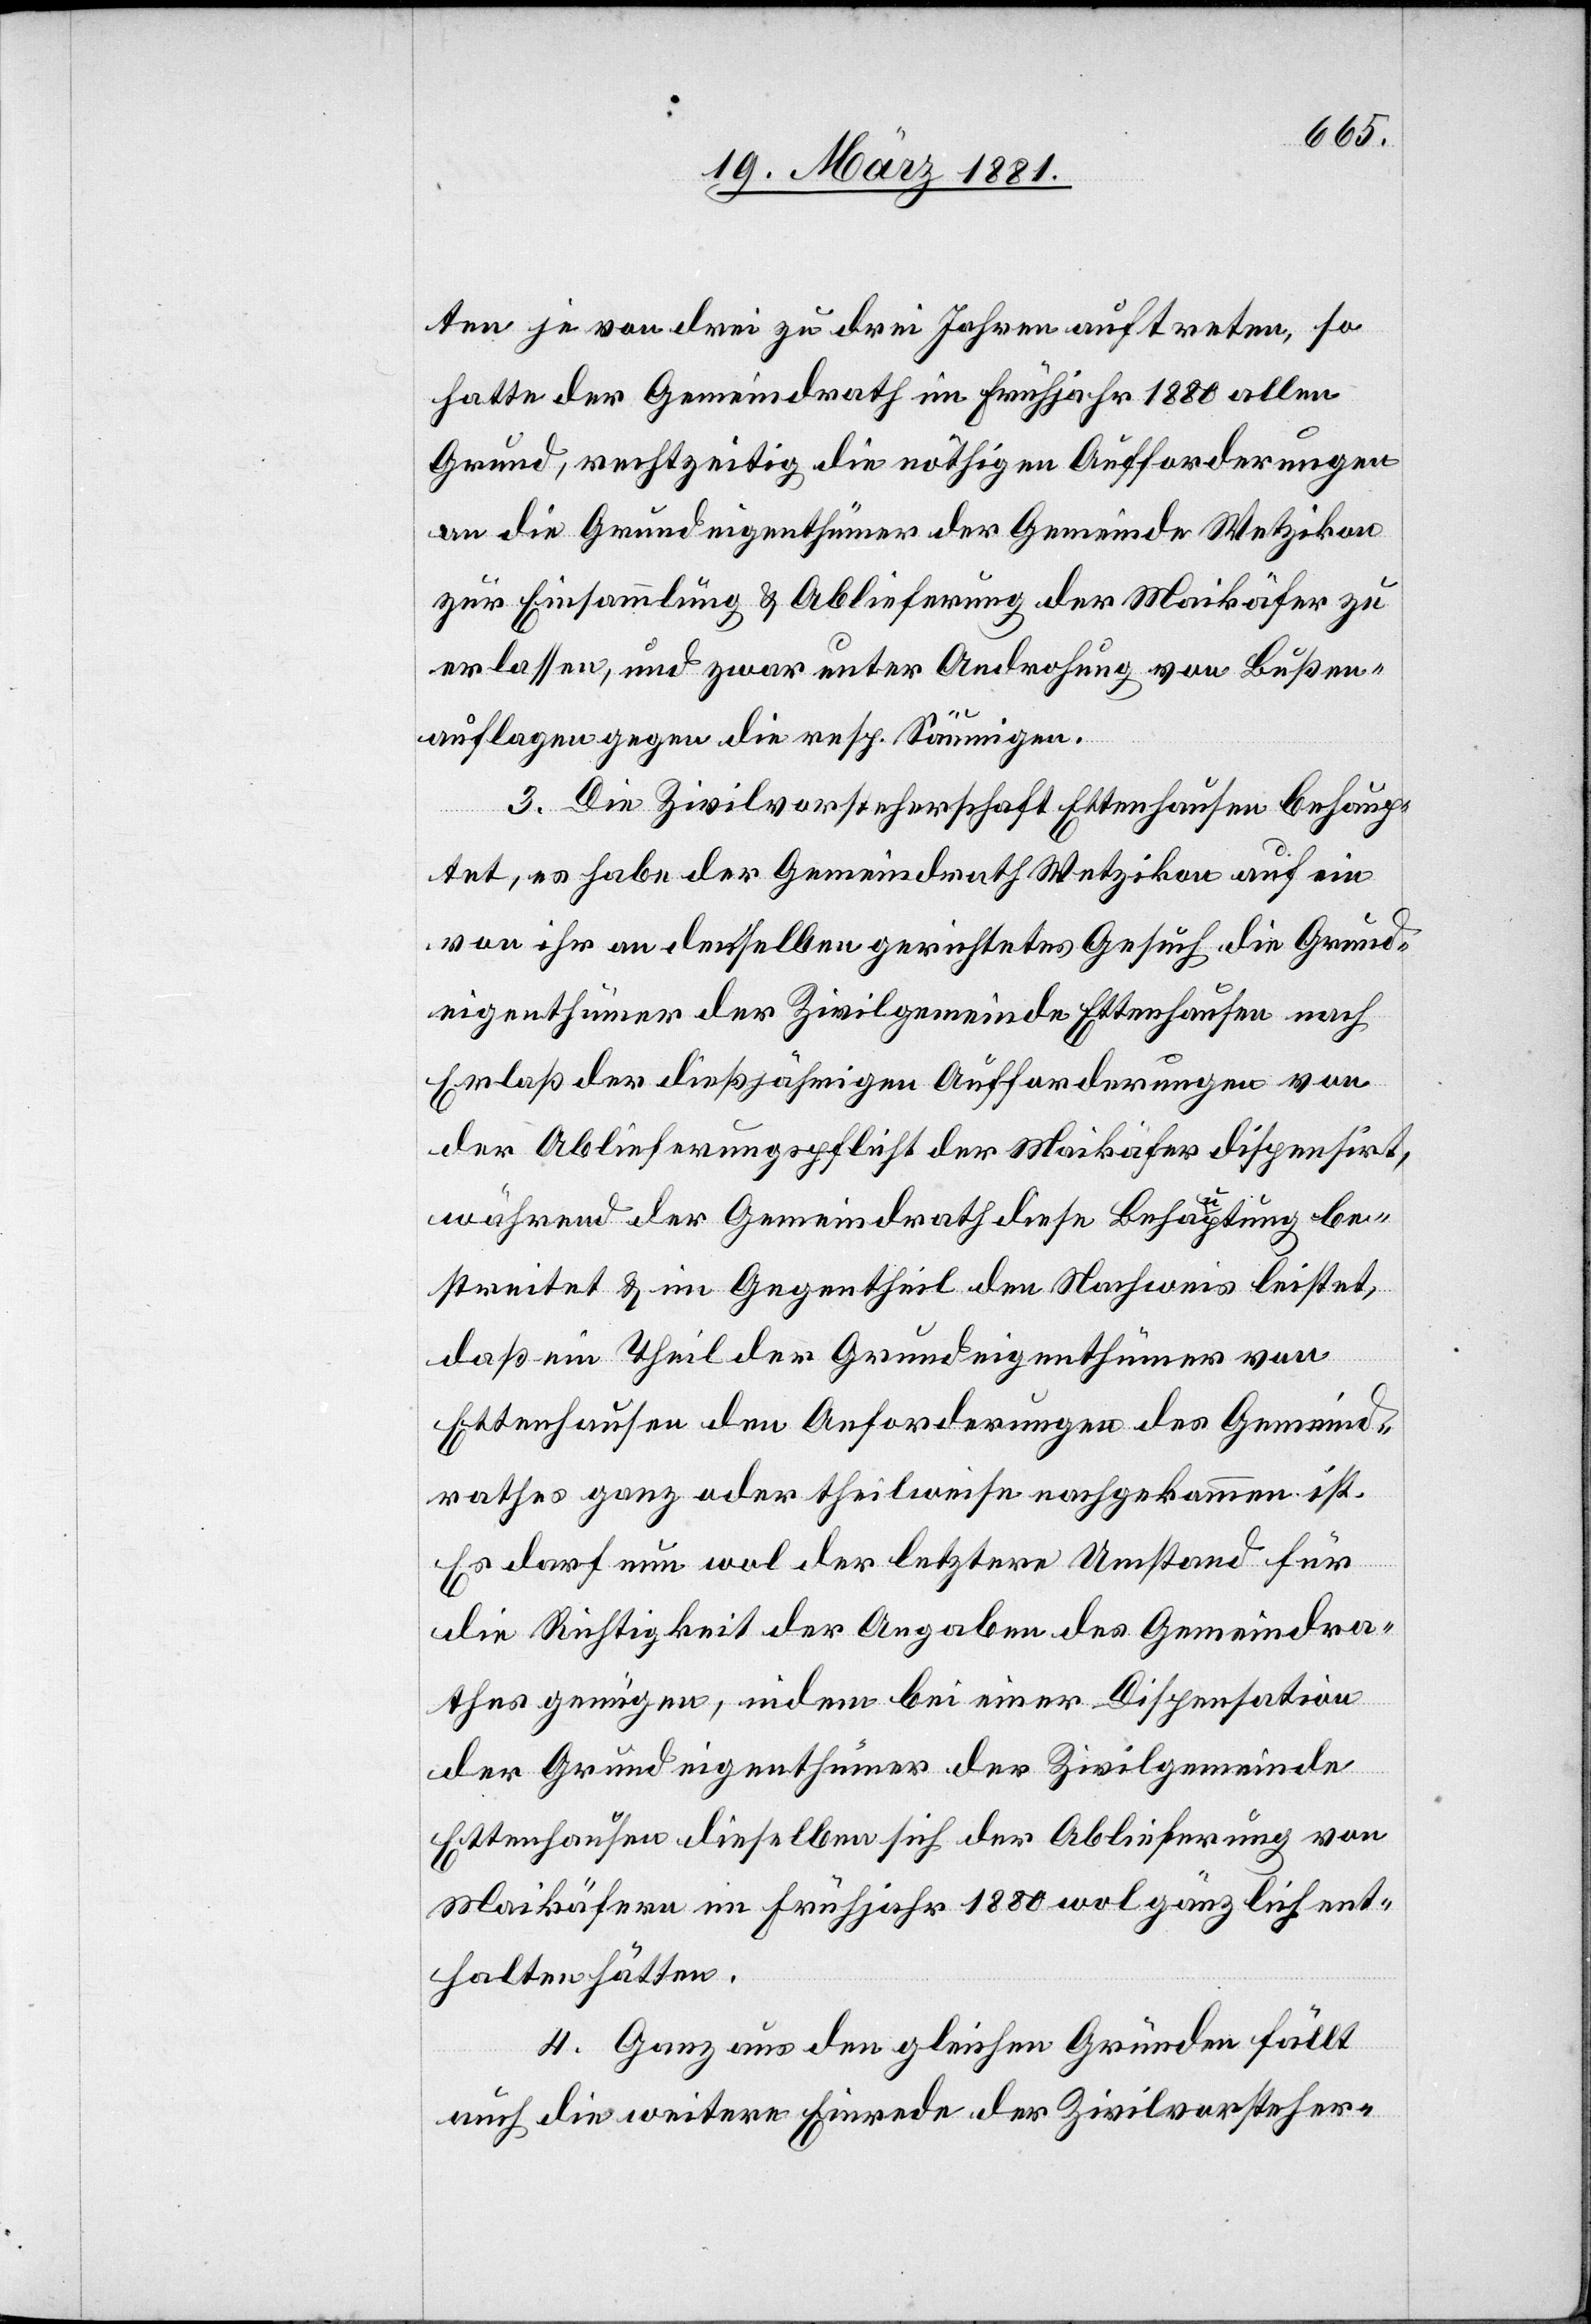
ten je von drei zu drei Jahren auftreten, so
hatte der Gemeindrath im Frühjahr 1880 allen
Grund, rechtzeitig die nöthigen Anforderungen
an die Grundeigenthümer der Gemeinde Wetzikon
zur Einsammlung & Ablieferung der Maikäfer zu
erlassen, und zwar unter Androhung von Bußen¬
auflagen gegen die resp. Säumigen.
3. Die Zivilvorsteherschaft Ettenhausen behaup¬
tet, es habe der Gemeindrath Wetzikon auf ein
von ihr an denselben gerichtetes Gesuch die Grund¬
eigenthümer der Zivilgemeinde Ettenhausen nach
Erlaß der dießjährigen Aufforderungen von
der Ablieferungspflicht der Maikäfer dispensirt,
während der Gemeindrath diese Behauptung be¬
streitet & im Gegentheil den Nachweis leistet,
daß ein Theil der Grundeigenthümer von
Ettenhausen den Anforderungen des Gemeind¬
rathes ganz oder theilweise nachgekommen ist.
Es darf nun wol der letztere Umstand für
die Richtigkeit der Angaben des Gemeindra¬
thes genügen, indem bei einer Dispensation
der Grundeigenthümer der Zivilgemeinde
Ettenhausen dieselben sich der Ablieferung von
Maikäfern im Frühjahr 1880 wol gänzlich ent¬
halten hätten.
4. Ganz aus den gleichen Gründen fällt
auch die weitere Einrede der Zivilvorsteher-